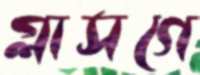
গ্লাসগে